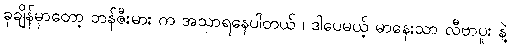
ခုချိန်မှာတော့ ဘန်ဇီးမား က အသာရနေပါတယ် ၊ ဒါပေမယ့် မာနေးသာ လီဗာပူး နဲ့